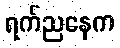
ရက်ညနေက